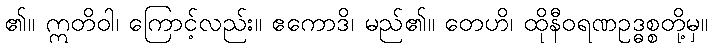
၏။ ဣတိဝါ၊ ကြောင့်လည်း။ ဧကောဒိ၊ မည်၏။ တေဟိ၊ ထိုနီဝရဏဥဒ္ဓစ္စတို့မှ။